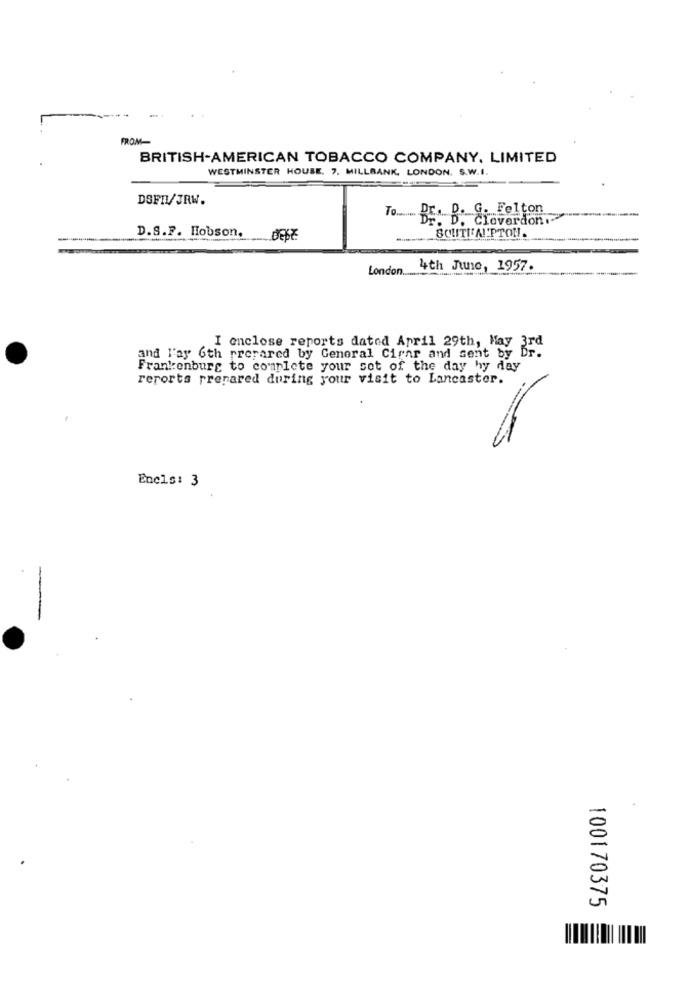
---
FROM
BRITISH-AMERICAN TOBACCO COMPANY, LIMITED
WESTMINSTER HOUSE. 7. MILLBANK, LONDON, S.W.I.
DSFRI/JRW.
To ...... DE. B. G. Felton
Cloverdon
SOUTHAMPTON.
D.S.F. Hobson.
London ...
4th June, 1957.
I enclose reports dated April 29th, May 3rd
and l'ay 6th prepared by General Cirar and sent by Dr.
Frankenburg to complete your set of the day hy day
reports prepared during your visit to Lancaster.
Encls: 3
100170375